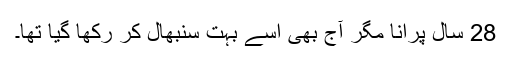
28 سال پرانا مگر آج بھی اُسے بہت سنبھال کر رکھا گیا تھا۔